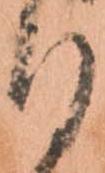
る